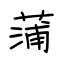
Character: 蒲